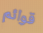
قوائم